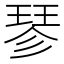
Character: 𪻴